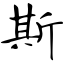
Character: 斯